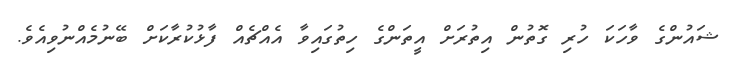
ޝައުންގެ ވާހަކަ ހުރި ގޮތުން އިތުރަށް އީތަންގެ ހިތުގައިވާ އެއްޗެއް ފާޅުކުރާކަށް ބޭނުމެއްނުވިއެވެ.